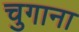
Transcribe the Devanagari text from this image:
चुगाना